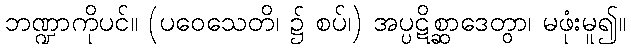
ဘဏ္ဍာကိုပင်။ (ပဝေသေတိ၊ ၌ စပ်၊) အပ္ပဋိစ္ဆာဒေတွာ၊ မဖုံးမူ၍။